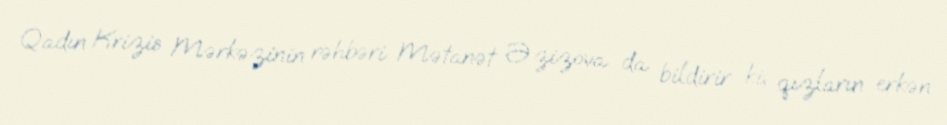
Qadın Krizis Mərkəzinin rəhbəri Mətanət Əzizova da bildirir ki, qızların erkən